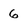
Character: 6